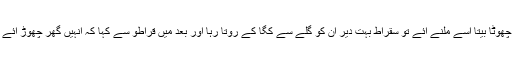
آخری دن جب اس کی بیوی تھیپی اور اس کا چھوٹا بیتا اسے ملنے آئے تو سقراط بہت دیر ان کو گلے سے کگا کے روتا رہا اور بعد میں قراطو سے کہا کہ انہیں گھر چھوڑ آئے تاکہ وہ اس کی موت کا منظر نہ دیکھ سکیں۔